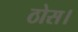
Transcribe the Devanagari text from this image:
ठोस।